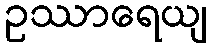
ဥဿာရေယျ